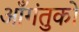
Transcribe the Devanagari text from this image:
आँगंतुको